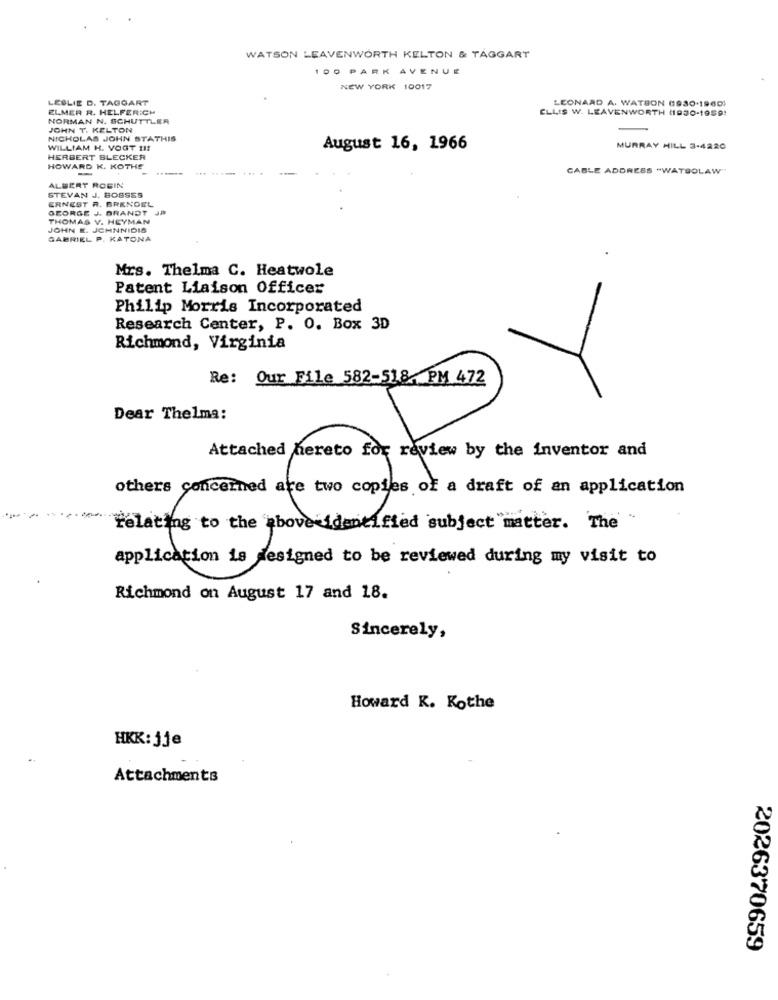
WATSON LEAVENWORTH KELTON & TAGGART
100 PARK AVENUE
NEW YORK 10017
LESLIE D. TAGGART
ELMER R. HELFERICH
LEONARD A. WATSON (1930-1960
NORMAN N. SCHUTTLER
ELLIS W. LEAVENWORTH (1930-1959!
JOHN T. KELTON
NICHOLAS JJOHN STATHIS
WILLIAM H. VOGT !!!
August 16, 1966
MURRAY HILL 3-4220
HERBERT BLECKER
HOWARD K. KOTHE
.... ...........
CABLE ADDRESS "WATSOLAW"
STEVAN J. BOSSES
ALBERT ROBIN
ERNEST R. BRENDEL
GEORGE J. BRANDT JA
THOMAS V. HEYMAN
JOHN E. JCHNNIDIS
GABRIEL P. KATONA
Mrs. Thelma C. Heatwole
Patent Liaison Officer
Philip Morris Incorporated
Research Center, P. O. Box 3D
Richmond, Virginia
Re: Our File 582-518, PM 472
Dear Thelma:
Attached hereto for review by the inventor and
others concerned are two copies of a draft of an application
relating to the above identified subject matter. The
application is designed to be reviewed during my visit to
Richmond on August 17 and 18.
Sincerely,
Howard K. Kothe
HKK: jje
Attachments
2026370659